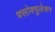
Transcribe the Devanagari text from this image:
फ्लोक्युलेशन